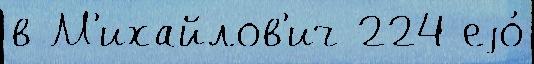
в М'ихайлов'ич 224 еjо́